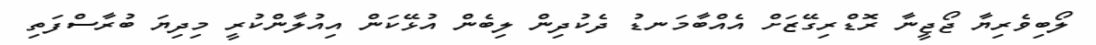
ލޯބިވެރިޔާ ޖޯޖީނާ ރޮޑްރިގޭޒަށް އެއްބާމަނޑު ދެކުދިން ލިބެން އުޅޭކަން އިއުލާންކުރީ މިދިޔަ ބުރާސްފަތި